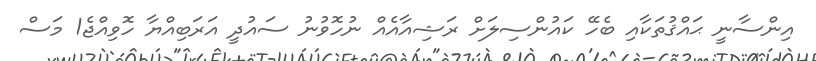
އިންސާނީ ޙައްޤުތަކާއި ބެހޭ ކައުންސިލަށް ރަޝިއާއެއް ނުހޮވުނު ސައުދީ އަރަބިއްޔާ ހޮވިއްޖެ1 މަސް